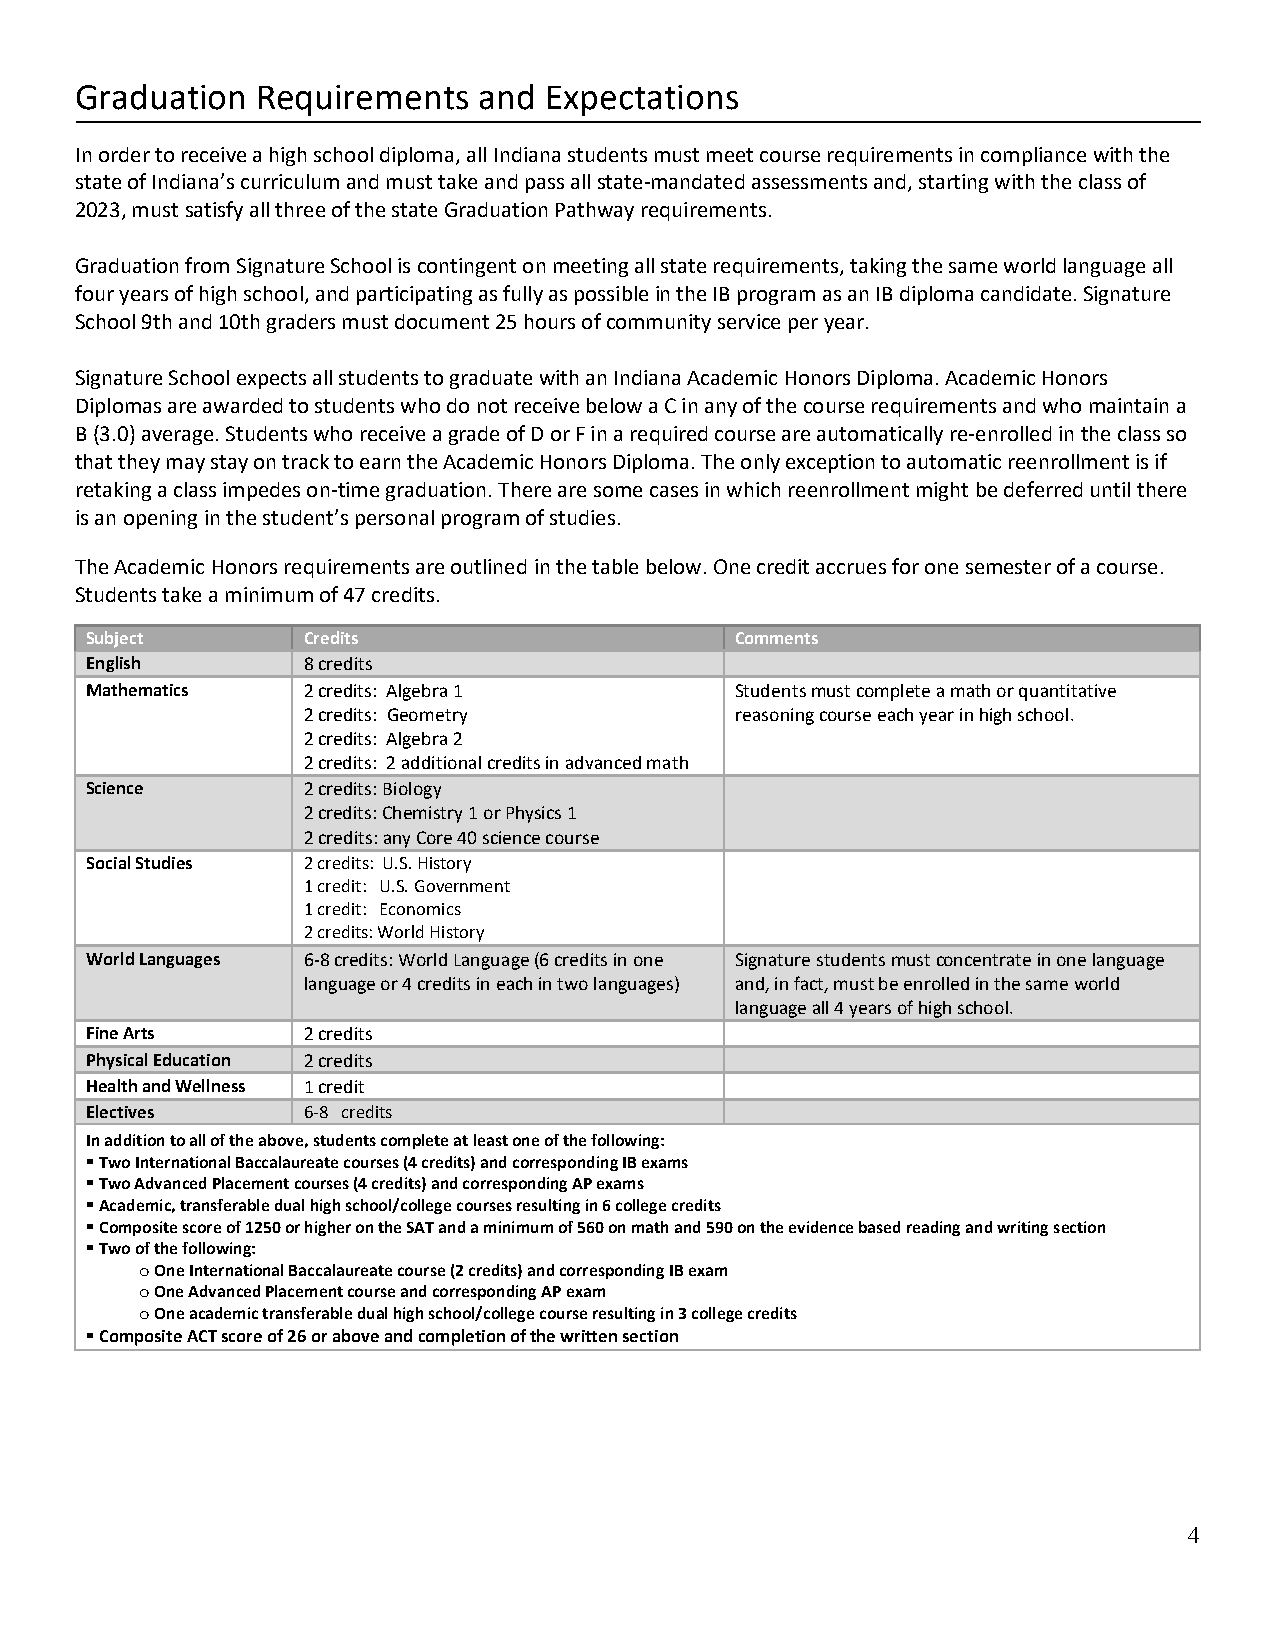
Graduation  Requirements   and Expectations
 In order to receive a high school diploma, all Indiana students must meet course requirements in compliance with the
 state of Indiana’s curriculum and must take and pass all state-mandated assessments and, starting with the class of
 2023, must satisfy all three of the state Graduation Pathway requirements.
 Graduation from Signature School is contingent on meeting all state requirements, taking the same world language all
 four years of high school, and participating as fully as possible in the IB program as an IB diploma candidate. Signature
 School 9th and 10th graders must document 25 hours of community service per year.
 Signature School expects all students to graduate with an Indiana Academic Honors Diploma. Academic Honors
 Diplomas are awarded to students who do not receive below a C in any of the course requirements and who maintain a
 B (3.0) average. Students who receive a grade of D or F in a required course are automatically re-enrolled in the class so
 that they may stay on track to earn the Academic Honors Diploma. The only exception to automatic reenrollment is if
 retaking a class impedes on-time graduation. There are some cases in which reenrollment might be deferred until there
 is an opening in the student’s personal program of studies.
 The Academic Honors requirements are outlined in the table below. One credit accrues for one semester of a course.
 Students take a minimum of 47 credits.
 Subject       Credits                      Comments
 English       8 credits
 Mathematics   2 credits: Algebra 1         Students must complete a math or quantitative
 2 credits: Geometry          reasoning course each year in high school.
 2 credits: Algebra 2
 2 credits: 2 additional credits in advanced math
 Science       2 credits: Biology
 2 credits: Chemistry 1 or Physics 1
 2 credits: any Core 40 science course
 Social Studies 2 credits: U.S. History
 1 credit: U.S. Government
 1 credit: Economics
 2 credits: World History
 World Languages 6-8 credits: World Language (6 credits in one Signature students must concentrate in one language
 language or 4 credits in each in two languages) and, in fact, must be enrolled in the same world
 language all 4 years of high school.
 Fine Arts     2 credits
 Physical Education 2 credits
 Health and Wellness 1 credit
 Electives     6-8 credits
 In addition to all of the above, students complete at least one of the following:
  Two International Baccalaureate courses (4 credits) and corresponding IB exams
  Two Advanced Placement courses (4 credits) and corresponding AP exams
  Academic, transferable dual high school/college courses resulting in 6 college credits
  Composite score of 1250 or higher on the SAT and a minimum of 560 on math and 590 on the evidence based reading and writing section
  Two of the following:
 o One International Baccalaureate course (2 credits) and corresponding IB exam
 o One Advanced Placement course and corresponding AP exam
 o One academic transferable dual high school/college course resulting in 3 college credits
  Composite ACT score of 26 or above and completion of the written section
 4